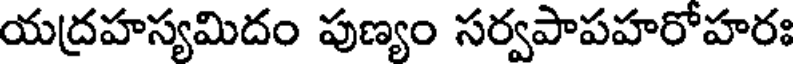
యద్రహస్యమిదం పుణ్యం సర్వపాపహరోహరః